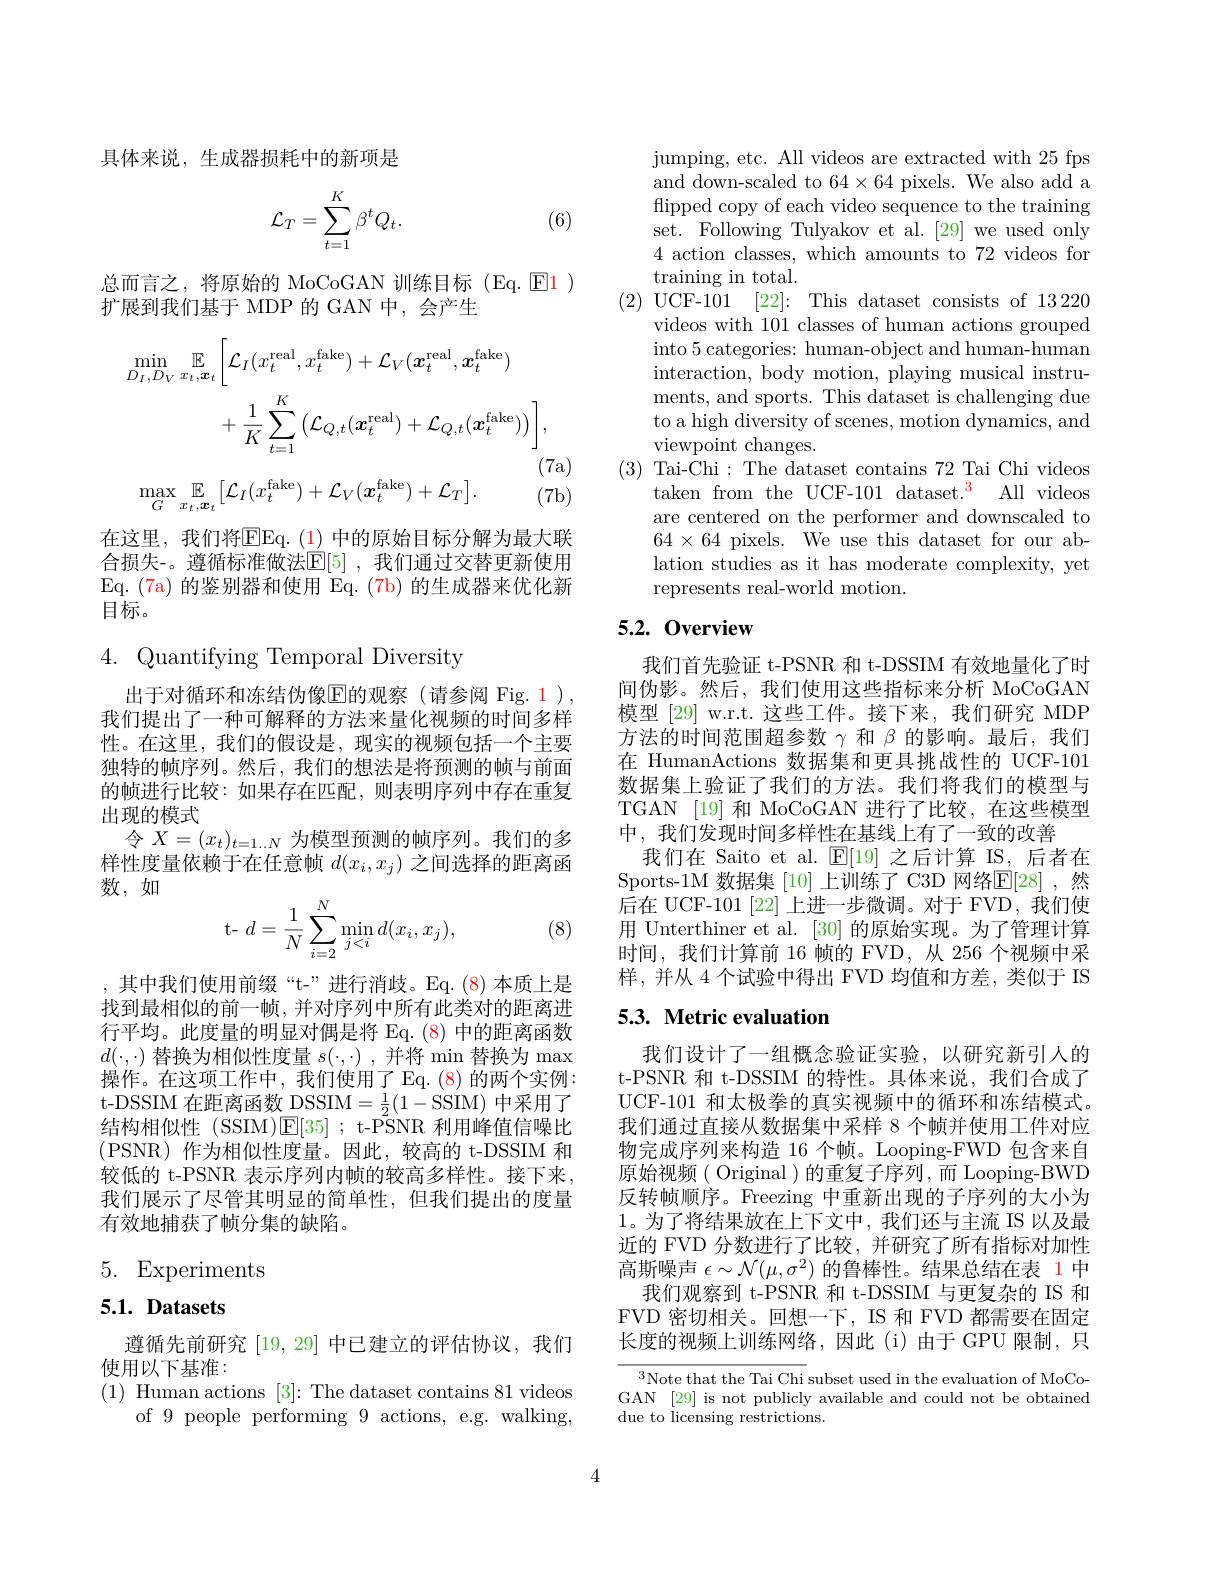
具体来说，生成器损耗中的新项是
$$\mathcal{L}_T=\sum_{t=1}^K\beta^tQ_t.$$
(6)

总而言之，将原始的 MoCoGAN 训练目标(Eq. El )
扩展到我们基于 MDP 的 GAN 中，会产生
$$\begin{aligned}\operatorname*{min}_{D_{I},D_{V}}&\mathbb{E}_{x_{t},\boldsymbol{x}_{t}}\left[\mathcal{L}_{I}(x_{t}^{\mathrm{real}},x_{t}^{\mathrm{fake}})+\mathcal{L}_{V}(\boldsymbol{x}_{t}^{\mathrm{real}},\boldsymbol{x}_{t}^{\mathrm{fake}})\\&+\frac{1}{K}\sum_{t=1}^{K}\left(\mathcal{L}_{Q,t}(\boldsymbol{x}_{t}^{\mathrm{real}})+\mathcal{L}_{Q,t}(\boldsymbol{x}_{t}^{\mathrm{fake}})\right)\right],\end{aligned}$$
(7a)

(7b)
$$\max_{G}\mathbb{E}_{x_{t},\boldsymbol{x}_{t}}\left[\mathcal{L}_{I}(x_{t}^{\mathrm{fake}})+\mathcal{L}_{V}(\boldsymbol{x}_{t}^{\mathrm{fake}})+\mathcal{L}_{T}\right].$$
在这里，我们将$\overline{\mathrm{EEq.(1)}}$ 中的原始目标分解为最大联合损失-。遵循标准做法$\mathbb{E}[5]$ ,我们通过交替更新使用Eq. ( 7a) 的鉴别器和使用 Eq.(7b)的生成器来优化新目标。

4. Quantifying Temporal Diversity

出于对循环和冻结伪像$\operatorname{E}$的观察(请参阅 Fig.1), 我们提出了一种可解释的方法来量化视频的时间多样性。在这里，我们的假设是，现实的视频包括一个主要独特的帧序列。然后，我们的想法是将预测的帧与前面的帧进行比较：如果存在匹配，则表明序列中存在重复出现的模式
令$X=(x_t)_{t=1\ldots N}$为模型预测的帧序列。我们的多样性度量依赖于在任意帧$d(x_i,x_j)$之间选择的距离函数，如
$$\text{t-}d=\dfrac{1}{N}\sum_{i=2}^N\min\limits_{j<i}d(x_i,x_j),$$
(8)

,其中我们使用前缀“t-”进行消歧。Eq.(8)本质上是找到最相似的前一帧，并对序列中所有此类对的距离进行平均。此度量的明显对偶是将 Eq. (8) 中的距离函数$d(\cdot,\cdot)$替换为相似性度量$s(\cdot,\cdot)$ ,并将 min 替换为 max 操作。在这项工作中，我们使用了 Eq.(8)的两个实例： t-DSSIM 在距离函数 DSSIM$=\frac12(1-$SSIM) 中采用了结构相似性 (SSIM)$\mathsf{E}[35];$ t-PSNR 利用峰值信噪比(PSNR)作为相似性度量。因此，较高的 t-DSSIM 和较低的 t-PSNR 表示序列内帧的较高多样性。接下来， 我们展示了尽管其明显的简单性，但我们提出的度量有效地捕获了帧分集的缺陷。

# 5. Experiments

# $5. 1. \textbf{ Datasets}$

遵循先前研究[19,29]中已建立的评估协议，我们
使用以下基准：
(1) Human actions [3]:The dataset contains 81 videos
of 9 people performing 9 actions, e.g. walking,

jumping, etc. All videos are extracted with 25 fps and down-scaled to $64\times64$ pixels. We also add a flipped copy of each video sequence to the training set. Following Tulyakov et al. [29] we used only 4 action classes, which amounts to 72 videos for $\operatorname{training}$ in total.
(2) UCF-101 [22]: This dataset consists of 13220
videos with 101 classes of human actions grouped into 5 categories: human-object and human-human interaction, body motion, playing musical instruments, and sports. This dataset is challenging due to a high diversity of scenes, motion dynamics, and viewpoint changes.
(3) Tai-Chi: The dataset contains 72 Tai Chi videos
taken from the UCF-101 dataset.$^3$ All videos are centered on the performer and downscaled to $64\times64$ pixels. We use this dataset for our ablation studies as it has moderate complexity, yet represents real-world motion.

## 5.2.0verview

我们首先验证 t-PSNR 和 t-DSSIM 有效地量化了时间伪影。然后，我们使用这些指标来分析 MoCoGAN 模型[29] w.r.t. 这些工件。接下来，我们研究 MDP 方法的时间范围超参数$\gamma$和$\beta$的影响。最后，我们在 HumanActions 数据集和更具挑战性的 UCF-101数据集上验证了我们的方法。我们将我们的模型与TGAN [19] 和 MoCoGAN 进行了比较，在这些模型中，我们发现时间多样性在基线上有了一致的改善
我们在 Saito et al. $\mathbb{E}[19]$之后计算 IS, 后者在Sports-1M 数据集 [10] 上训练了 C3D 网络$\mathbb{E}[28]$ ,然后在 UCF-101 [22] 上进一步微调。对于 FVD,我们使用 Unterthiner et al. [30] 的原始实现。为了管理计算时间，我们计算前 16 帧的 FVD, 从 256 个视频中采样，并从 4 个试验中得出 FVD 均值和方差，类似于 IS

## 5.3. Metric evaluation

我们设计了一组概念验证实验，以研究新引人的t-PSNR 和 t-DSSIM 的特性。具体来说，我们合成了UCF-101 和太极拳的真实视频中的循环和冻结模式。我们通过直接从数据集中采样 8 个帧并使用工件对应物完成序列来构造 16 个帧。Looping-FWD 包含来自原始视频( Original )的重复子序列，而 Looping-BWD 反转帧顺序。Freezing 中重新出现的子序列的大小为1。为了将结果放在上下文中，我们还与主流 IS 以及最近的 FVD 分数进行了比较，并研究了所有指标对加性高斯噪声$\epsilon\sim\mathcal{N}(\mu,\sigma^2)$的鲁棒性。结果总结在表 1中
我们观察到 t-PSNR 和 t-DSSIM 与更复杂的 IS 和FVD 密切相关。回想一下，IS 和 FVD 都需要在固定长度的视频上训练网络，因此(i)由于GPU 限制，只

$^3$Note that the Tai Chi subset used in the evaluation of MoCoGAN [29] is not publicly available and could not be obtained due to licensing restrictions.

4